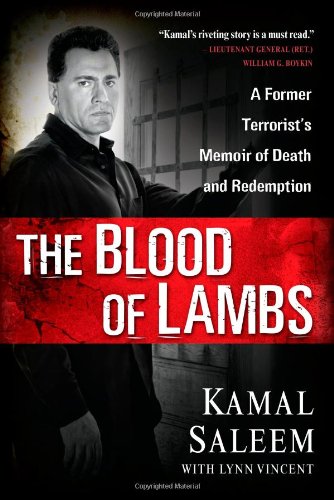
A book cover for The Blood of Lambs: A Former Terrorist's Memoir of Death and Redemption; Kamal Saleem; Religion & Spirituality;